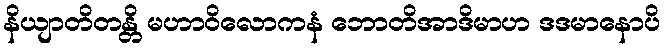
နိယျာတိတန္တိ မဟာဝိလောကနံ ဘောတိအာဒိမာဟ ဒဒမာနောပိ